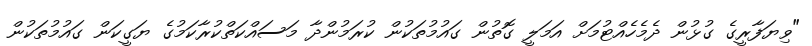
"ވިޔަފާރީގެ ގުޅުން ދެމެހެއްޓުމަށް އަމަލީ ގޮތުން ގައުމުތަކުން ކުރަމުންދާ މަސައްކަތްކުރާކަމުގެ ޔަގީކަން ގައުމުތަކުން